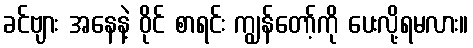
ခင်ဗျား အနေနဲ့ ဝိုင် စာရင်း ကျွန်တော့်ကို ပေးလို့ရမလား။